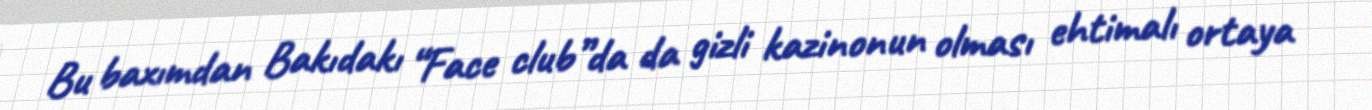
Bu baxımdan Bakıdakı “Face club”da da gizli kazinonun olması ehtimalı ortaya